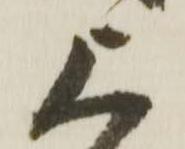
上